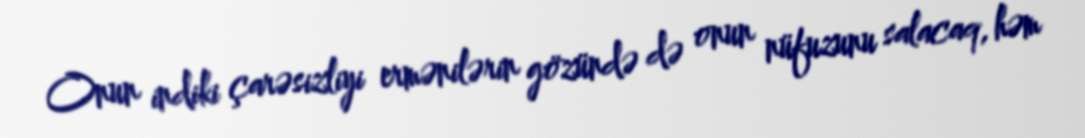
Onun indiki çarəsizliyi ermənilərin gözündə də onun nüfuzunu salacaq, həm